Vaccine operations Central Provinces & Berar 1922-1929 - 1922-1929
Year: 1922
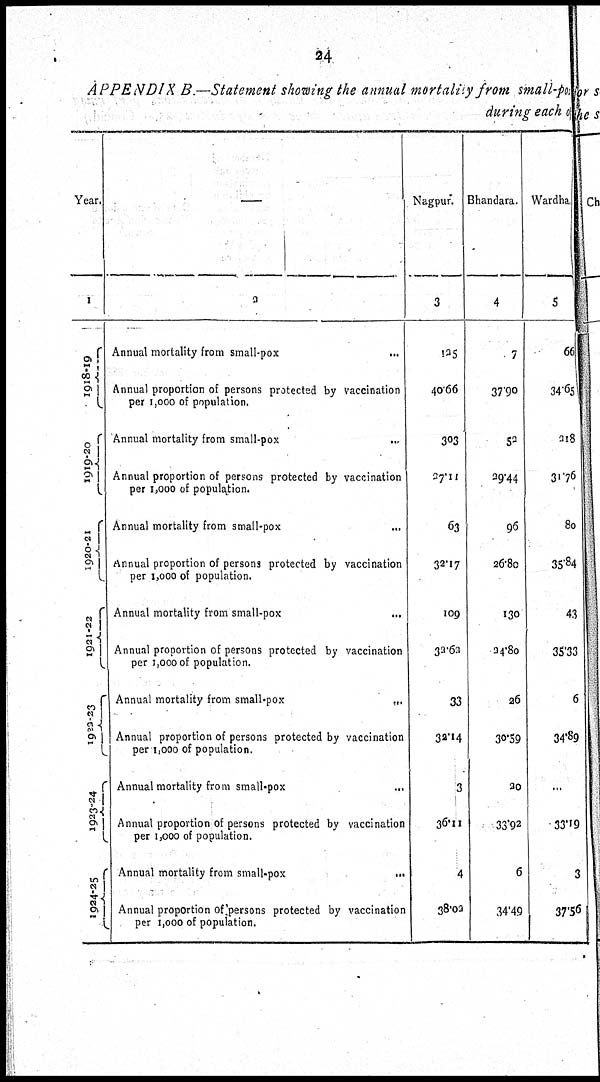
24
APPENDIX B.—Statement showing the annual mortality from small-pox
during each of
Year.
1
1918-19
1919-20
1920-21
1921-22
1922-23
1923-24
1924-25
—
2
Annual mortality from small-pox ...
Annual proportion of persons protected by vaccination
per 1,000 of population.
Annual mortality from small-pox ...
Annual proportion of persons protected by vaccination
per 1,000 of population.
Annual mortality from small-pox ...
Annual proportion of persons protected by vaccination
per 1,000 of population.
Annual mortality from small-pox ...
Annual proportion of persons protected by vaccination
per 1,000 of population.
Annual mortality from small-pox
...
Annual proportion of persons protected by vaccination
per 1,000 of population.
Annual mortality from small-pox ...
Annual proportion of persons protected by vaccination
per 1,000 of population.
Annual mortality from small-pox
...
Annual proportion of persons protected by vaccination
per 1,000 of population.
Nagpur.
3
125
40.66
303
27.11
63
32.17
109
32.62
33
32.14
3
36.11
4
38.02
Bhandara.
4
7
37.90
52
29.44
96
26.80
130
24.80
26
30.59
20
33.92
6
34.49
Wardha.
5
66
34.65
218
31.76
80
35.84
43
35.33
6
34.89
...
33.19
3
37.56